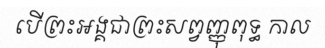
បើព្រះអង្គជាព្រះសព្វញ្ញុពុទ្ធ កាល